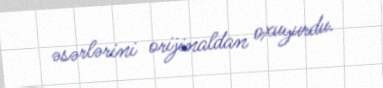
əsərlərini orijinaldan oxuyurdu.